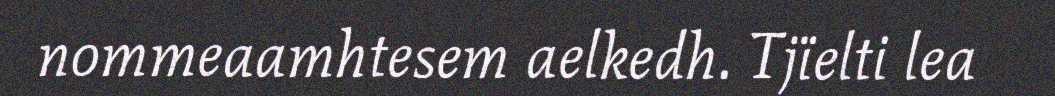
nommeaamhtesem aelkedh. Tjïelti lea